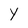
Character: Y